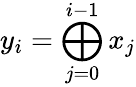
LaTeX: y_{i}=\bigoplus_{j=0}^{i-1}x_{j}